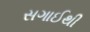
સગાઈથી